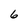
Character: 6